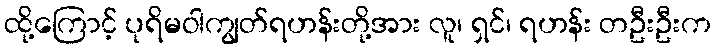
ထို့ကြောင့် ပုရိမဝါကျွတ်ရဟန်းတို့အား လူ၊ ရှင်၊ ရဟန်း တဦးဦးက